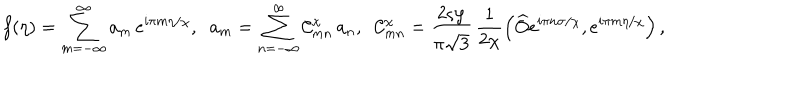
LaTeX: f ( \eta ) = \sum _ { m = - \infty } ^ { \infty } a _ { m } \, e ^ { i \pi m \eta / \chi } , \; \; a _ { m } = \sum _ { n = - \infty } ^ { \infty } { \cal C } _ { m n } ^ { \chi } \, a _ { n } , \; \; { \cal C } _ { m n } ^ { \chi } = \frac { 2 \varsigma \wp } { \pi \sqrt { 3 } } \, \frac { 1 } { 2 \chi } \left( \widehat { O } e ^ { i \pi n \sigma / \chi } , e ^ { i \pi m \eta / \chi } \right) ,